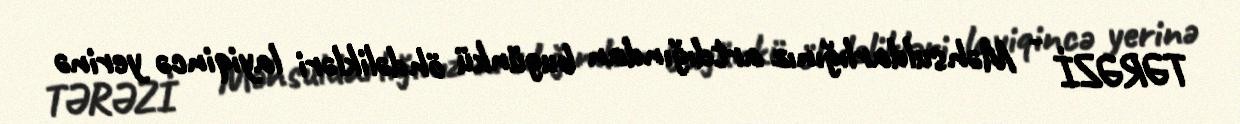
TƏRƏZİ - Məhsuldarlığınız artdığından bugünkü öhdəlikləri layiqincə yerinə